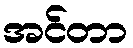
အင်တာ